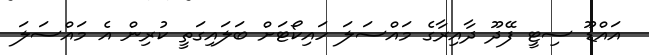
އައްޑޫ ސިޓީ ފޭދޫ ދާއިރާގެ މައްސަލަ ހައިކޯޓަށް ބަލައިގަތީ ކުރިން އެ މައްސަލަ